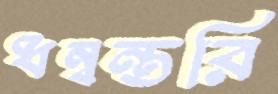
ধন্বন্তরি